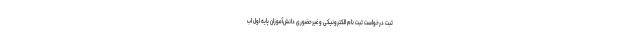
ثبت درخواست ثبت نام الکترونیکی و غیرحضوری دانش‌آموزان پایه اول اب